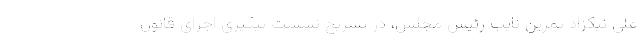
علی نیکزاد ثمرین نایب رئیس مجلس، در تشریح نشست پیگیری اجرای قانون